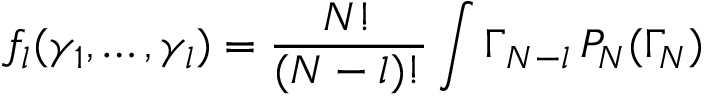
f _ { l } ( \gamma _ { 1 } , \dots , \gamma _ { l } ) = \frac { N ! } { ( N - l ) ! } \int \d \Gamma _ { N - l } \, P _ { N } ( \Gamma _ { N } )